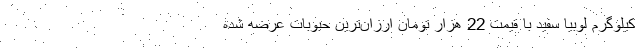
کیلوگرم لوبیا سفید با قیمت 22 هزار تومان ارزان‌ترین حبوبات عرضه شده